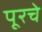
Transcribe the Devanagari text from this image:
पूरचे